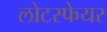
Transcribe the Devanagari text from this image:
लोटस्फेयर